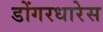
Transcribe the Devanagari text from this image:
डोंगरधारेस